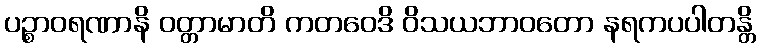
ပဉ္စာဝရဏာနိ ဝတ္တာမာတိ ကတဝေဒိ ဝိသယဘာဝတော နရကပပါတန္တိ